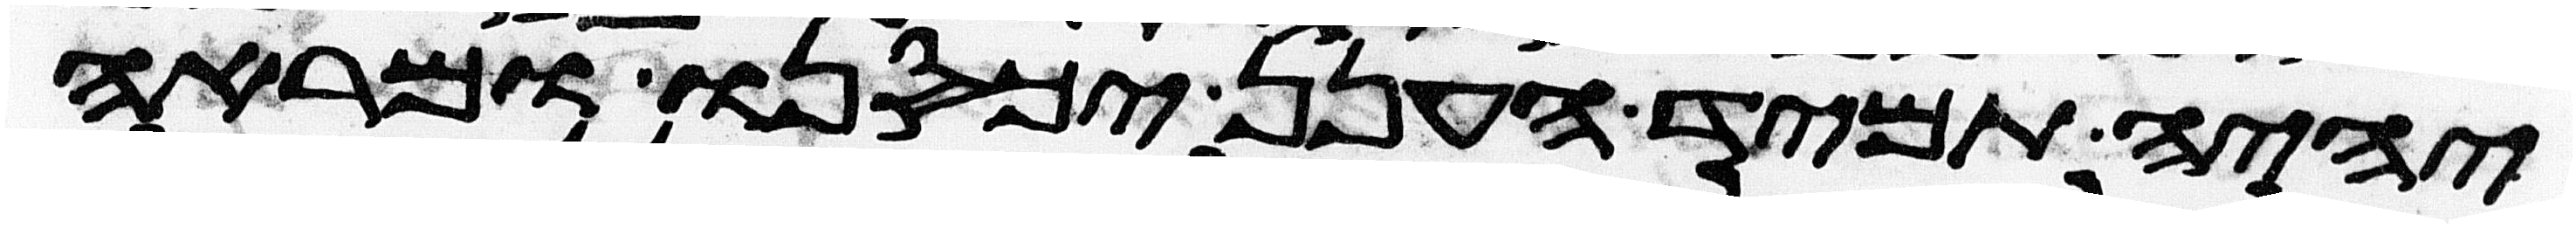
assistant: יהיה תמיד הענן יכסנו ומראה